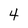
Character: 4